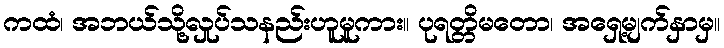
ကထံ၊ အဘယ်သို့လှုပ်သနည်းဟူမူကား။ ပုရတ္တိမတော၊ အရှေ့မျက်နှာမှ။